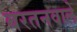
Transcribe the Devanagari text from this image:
बरतनवाले